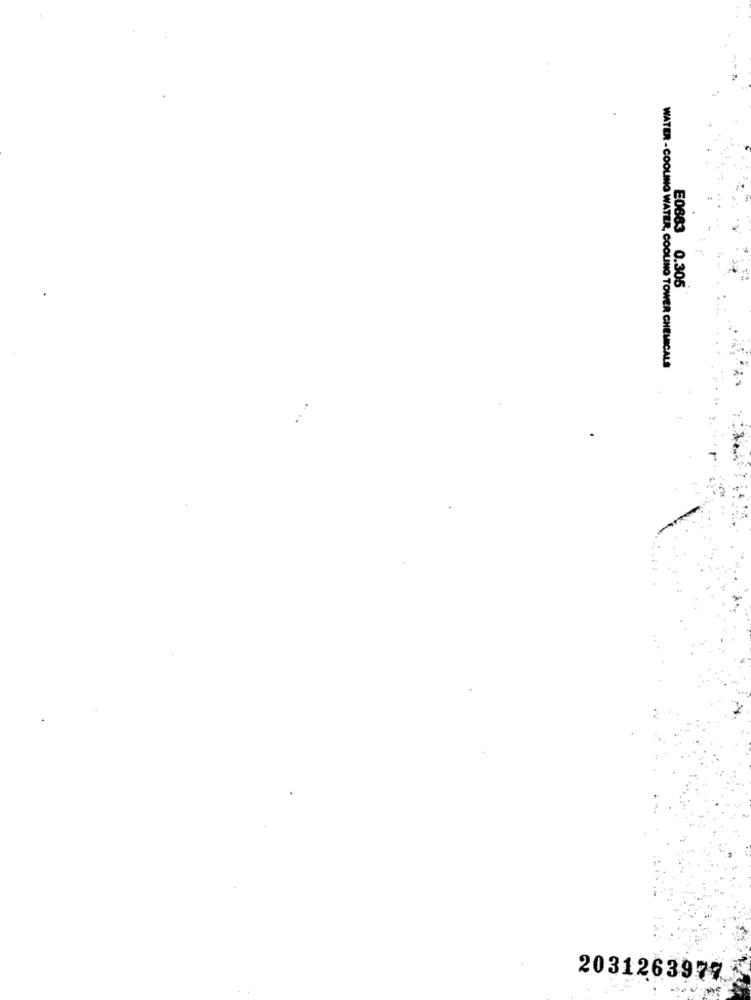
E0883
0.305
WATER -COOLING WATER, COOLING TOWER CHEMICALS
2031263977